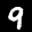
Label: 9